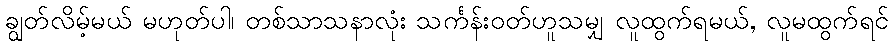
ချွတ်လိမ့်မယ် မဟုတ်ပါ၊ တစ်သာသနာလုံး သင်္ကန်းဝတ်ဟူသမျှ လူထွက်ရမယ်, လူမထွက်ရင်